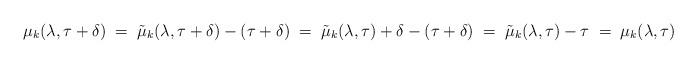
LaTeX: \begin{align*}\mu_k(\lambda, \tau + \delta) \; =\; \tilde{\mu}_k(\lambda, \tau + \delta) - (\tau + \delta) \; =\; \tilde{\mu}_k(\lambda, \tau) + \delta - (\tau + \delta)\; =\; \tilde{\mu}_k(\lambda, \tau) - \tau \; =\; \mu_k(\lambda, \tau)\end{align*}